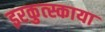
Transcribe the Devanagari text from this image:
इरकुत्स्काया